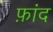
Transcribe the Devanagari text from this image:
फ़ांद